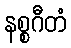
နစ္စဂီတံ